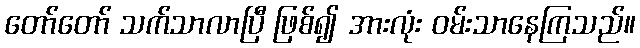
တော်တော် သက်သာလာပြီ ဖြစ်၍ အားလုံး ဝမ်းသာနေကြသည်။